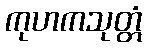
ကုဟကသုတ္တံ